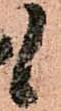
候